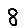
Digit: 8